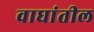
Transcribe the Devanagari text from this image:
वाघांतील